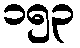
၁၅၃